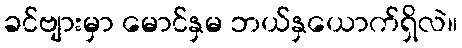
ခင်ဗျားမှာ မောင်နှမ ဘယ်နှယောက်ရှိလဲ။